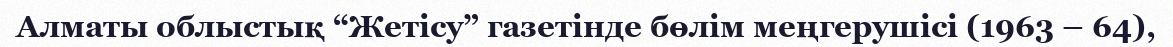
Алматы облыстық “Жетісу” газетінде бөлім меңгерушісі (1963 – 64),